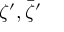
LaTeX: \zeta ^ { \prime } , { \bar { \zeta } } ^ { \prime }